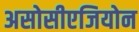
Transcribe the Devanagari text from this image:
असोसीएजियोन